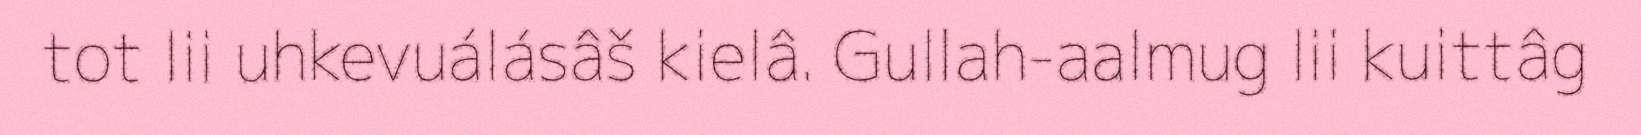
tot lii uhkevuálásâš kielâ. Gullah-aalmug lii kuittâg